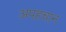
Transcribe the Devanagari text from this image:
अपहचान